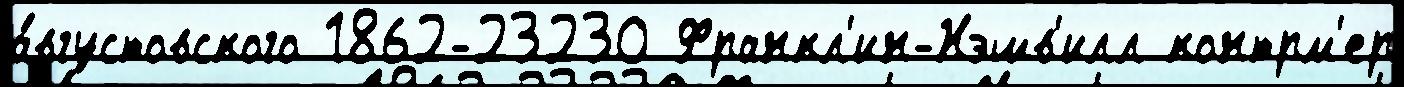
а́вгустовского 1862-23230 Франкл'ин-Нэшв'илл контрм'ер